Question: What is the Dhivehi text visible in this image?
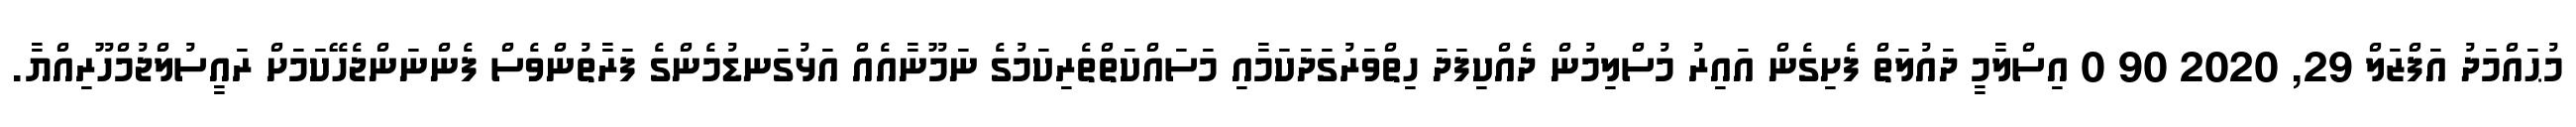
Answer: މުޙައްމަދު އަފްޒަލް 29, 2020 90 0 އިސްލާމީ ދައުލަތް ފެށިގެން އައިރު މުސްލިމުން ދެއްކިފަދަ ހިތްވަރުގަދަކަމާއި މަސައްކަތްތެރިކަމުގެ ނަމޫނާއެއް އަޅުގަނޑުމެންގެ ފަރާތުންވެސް ފެންނަންޖެހޭކަމަށް ރައީސުލްޖުމްހޫރިއްޔާ.